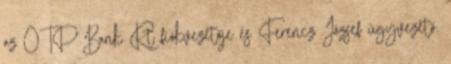
az OTP Bank Rt fiókvezetője és Ferencz József ügyvezető.